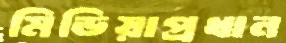
মিডিয়াপ্রধান